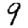
Digit: 9